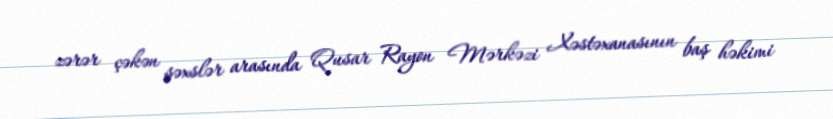
zərər çəkən şəxslər arasında Qusar Rayon Mərkəzi Xəstəxanasının baş həkimi